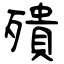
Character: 殨